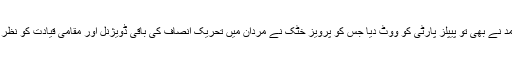
کے پی کے کے وزیر اعلی پرویز خٹک کے دست بازو شاہ محمد نے بھی تو پیپلز پارٹی کو ووٹ دیا جس کو پرویز خٹک نے مردان میں تحریک انصاف کی باقی ڈویژنل اور مقامی قیادت کو نظر انداز کر کے ہر فیصلے کا اختیار سونپ کر بااختیار کیا ہوا تھا۔